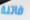
فاتنة